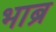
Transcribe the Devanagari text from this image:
भाब्रु